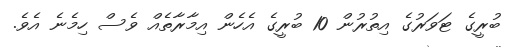
ބުރީގެ ޓަވަރުގެ އިތުރުން 10 ބުރީގެ އެހެން އިމާރާތެއް ވެސް ހިމެނެ އެވެ.